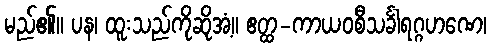
မည်၏။ ပန၊ ထူးသည်ကိုဆိုအံ့။ ဧတ္ထ-ကာယဝစီသင်္ခါရဂ္ဂဟဏေ၊